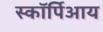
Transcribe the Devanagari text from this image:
स्कॉर्पिआय